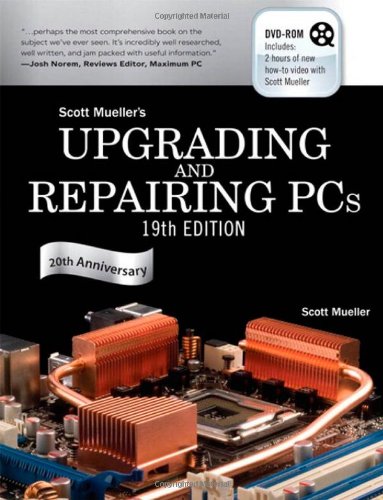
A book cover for Upgrading and Repairing PCs (19th Edition); Scott Mueller; Computers & Technology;